Indian journal of veterinary science and animal husbandry - Volume 5,
Year: 1935
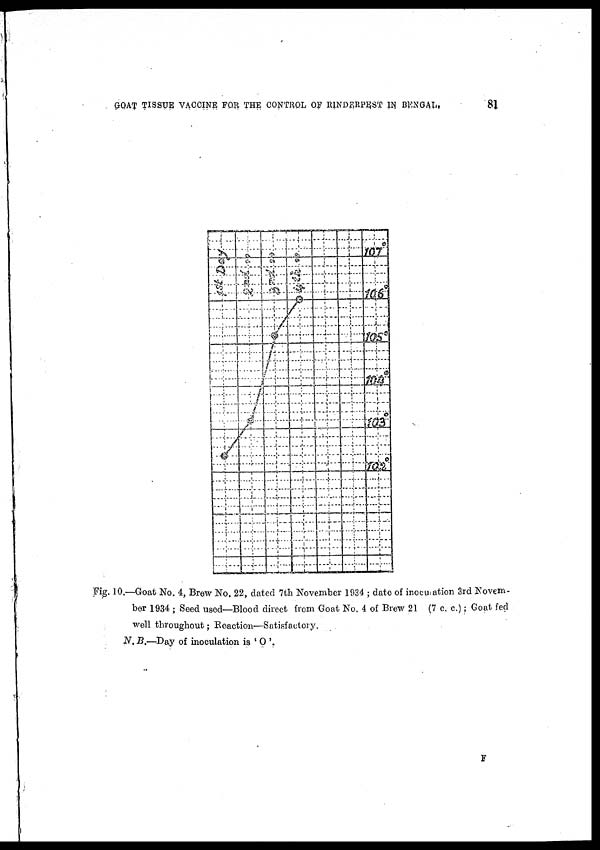
GOAT TISSUE VACCINE FOR THE CONTROL OF RINDERPEST IN
BENGAL.
81
Fig. 10.—Goat No. 4, Brew No. 22, dated 7th November 1934 ; date of inoculation 3rd Novem-
ber 1934 ; Seed used—Blood direct from Goat No. 4 of Brew 21 (7 c. c.) ; Goat fed
well throughout; Reaction—Satisfactory.
N.B.—Day of inoculation is ' O '.
F